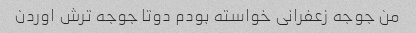
من جوجه زعفرانی خواسته بودم دوتا جوجه ترش اوردن